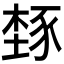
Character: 𬤾